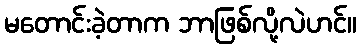
မတောင်းခဲ့တာက ဘာဖြစ်လို့လဲဟင်။